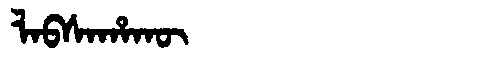
Manchu: ᠯᠠᠪᠰᠠᡥᠠᡴᡡ
Romanization: LABSAHAKŪ